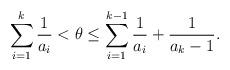
LaTeX: \begin{align*}\sum_{i=1}^{k} \frac{1}{a_i} < \theta \leq \sum_{i=1}^{k-1} \frac{1}{a_i} + \frac{1}{a_k-1}. \end{align*}